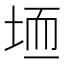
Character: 𫭱